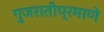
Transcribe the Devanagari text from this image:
गुजरातीप्रमाणे